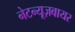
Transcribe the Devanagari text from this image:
नेटन्यूज़वायर